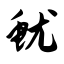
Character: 鱿